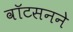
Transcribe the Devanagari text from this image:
वॉटसनने